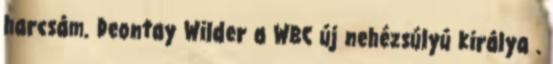
harcsám. Deontay Wilder a WBC új nehézsúlyú királya .